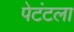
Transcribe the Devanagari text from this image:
पेटंटला